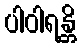
ပါဝါရန္တိ